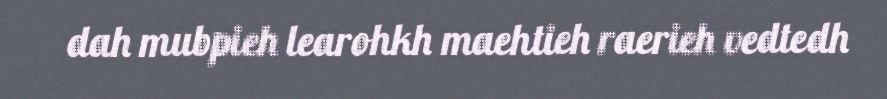
dah mubpieh learohkh maehtieh raerieh vedtedh